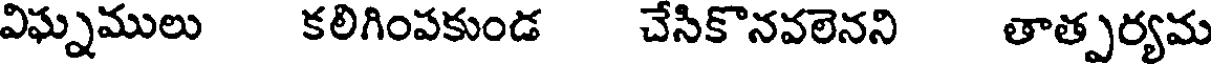
విఘ్నములు కలిగింపకుండ చేసికొనవలెనని తాత్పర్యమ